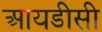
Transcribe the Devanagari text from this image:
आयडीसी